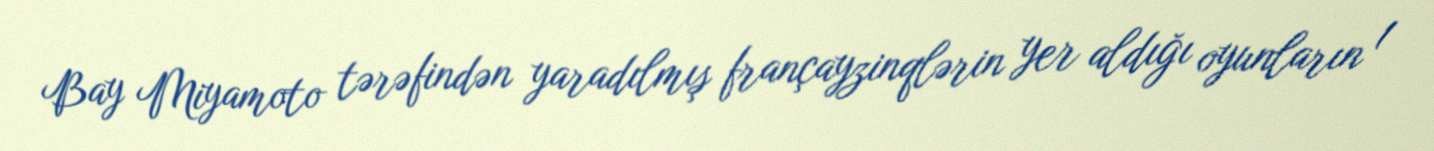
Bay Miyamoto tərəfindən yaradılmış françayzinqlərin yer aldığı oyunların 1